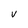
Character: V